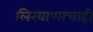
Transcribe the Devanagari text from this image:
लिखाणाचाही